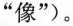
”像”)。